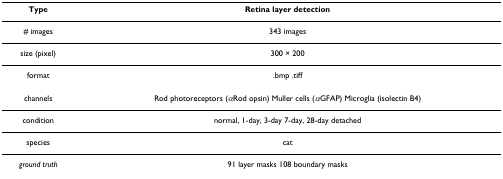
| Type | Retina layer detection |
 | --- | --- |
 | # images | 343 images |
 | size (pixel) | 300 × 200 |
 | format | .bmp .tiff |
 | channels | Rod photoreceptors (αRod opsin) Muller cells (αGFAP) Microglia (isolectin B4) |
 | condition | normal, 1-day, 3-day 7-day, 28-day detached |
 | species | cat |
 | ground truth | 91 layer masks 108 boundary masks |